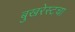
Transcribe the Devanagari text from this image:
बुखरेस्टचा